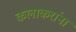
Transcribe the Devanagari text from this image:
कलाकरांना